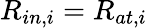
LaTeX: R_{in,i}=R_{at,i}